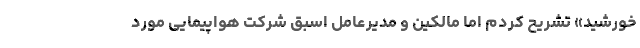
خورشید» تشریح کردم اما مالکین و مدیرعامل اسبق شرکت هواپیمایی مورد